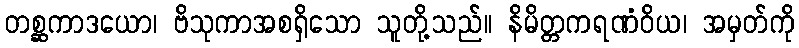
တစ္ဆကာဒယော၊ ဗိသုကာအစရှိသော သူတို့သည်။ နိမိတ္တကရဏံဝိယ၊ အမှတ်ကို